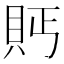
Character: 𮙴